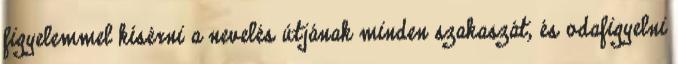
figyelemmel kísérni a nevelés útjának minden szakaszát, és odafigyelni